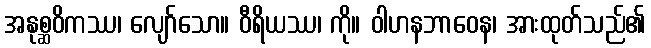
အနုစ္ဆဝိကဿ၊ လျော်သော။ ဝီရိယဿ၊ ကို။ ဝါဟနဘာဝေန၊ အားထုတ်သည်၏